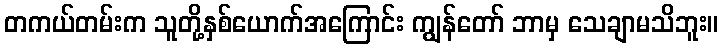
တကယ်တမ်းက သူတို့နှစ်ယောက်အကြောင်း ကျွန်တော် ဘာမှ သေချာမသိဘူး။